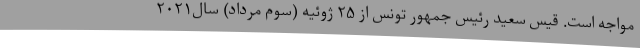
مواجه است. قیس سعید رئیس جمهور تونس از ۲۵ ژوئیه (سوم مرداد) سال۲۰۲۱